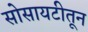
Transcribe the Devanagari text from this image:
सोसायटीतून